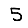
Digit: 5